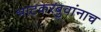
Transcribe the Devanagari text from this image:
भाटकरबुवांनाच